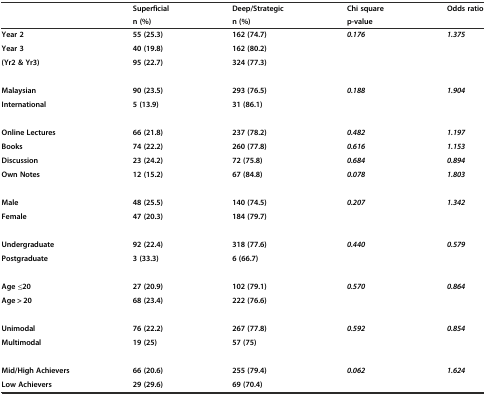
<table><thead><tr><td></td><td><b>Superficial</b></td><td><b>Deep/Strategic</b></td><td><b>Chi square</b></td><td><b>Odds ratio</b></td></tr><tr><td></td><td><b>n (%)</b></td><td><b>n (%)</b></td><td><b>p-value</b></td><td></td></tr></thead><tbody><tr><td><b>Year 2</b></td><td><b>55 (25.3)</b></td><td><b>162 (74.7)</b></td><td><b><i>0.176</i></b></td><td><b><i>1.375</i></b></td></tr><tr><td><b>Year 3</b></td><td><b>40 (19.8)</b></td><td><b>162 (80.2)</b></td><td></td><td></td></tr><tr><td><b>(Yr2 &amp; Yr3)</b></td><td><b>95 (22.7)</b></td><td><b>324 (77.3)</b></td><td></td><td></td></tr><tr><td><b>Malaysian</b></td><td><b>90 (23.5)</b></td><td><b>293 (76.5)</b></td><td><b><i>0.188</i></b></td><td><b><i>1.904</i></b></td></tr><tr><td><b>International</b></td><td><b>5 (13.9)</b></td><td><b>31 (86.1)</b></td><td></td><td></td></tr><tr><td><b>Online Lectures</b></td><td><b>66 (21.8)</b></td><td><b>237 (78.2)</b></td><td><b><i>0.482</i></b></td><td><b><i>1.197</i></b></td></tr><tr><td><b>Books</b></td><td><b>74 (22.2)</b></td><td><b>260 (77.8)</b></td><td><b><i>0.616</i></b></td><td><b><i>1.153</i></b></td></tr><tr><td><b>Discussion</b></td><td><b>23 (24.2)</b></td><td><b>72 (75.8)</b></td><td><b><i>0.684</i></b></td><td><b><i>0.894</i></b></td></tr><tr><td><b>Own Notes</b></td><td><b>12 (15.2)</b></td><td><b>67 (84.8)</b></td><td><b><i>0.078</i></b></td><td><b><i>1.803</i></b></td></tr><tr><td><b>Male</b></td><td><b>48 (25.5)</b></td><td><b>140 (74.5)</b></td><td><b><i>0.207</i></b></td><td><b><i>1.342</i></b></td></tr><tr><td><b>Female</b></td><td><b>47 (20.3)</b></td><td><b>184 (79.7)</b></td><td></td><td></td></tr><tr><td><b>Undergraduate</b></td><td><b>92 (22.4)</b></td><td><b>318 (77.6)</b></td><td><b><i>0.440</i></b></td><td><b><i>0.579</i></b></td></tr><tr><td><b>Postgraduate</b></td><td><b>3 (33.3)</b></td><td><b>6 (66.7)</b></td><td></td><td></td></tr><tr><td><b>Age ≤20</b></td><td><b>27 (20.9)</b></td><td><b>102 (79.1)</b></td><td><b><i>0.570</i></b></td><td><b><i>0.864</i></b></td></tr><tr><td><b>Age &gt; 20</b></td><td><b>68 (23.4)</b></td><td><b>222 (76.6)</b></td><td></td><td></td></tr><tr><td><b>Unimodal</b></td><td><b>76 (22.2)</b></td><td><b>267 (77.8)</b></td><td><b><i>0.592</i></b></td><td><b><i>0.854</i></b></td></tr><tr><td><b>Multimodal</b></td><td><b>19 (25)</b></td><td><b>57 (75)</b></td><td></td><td></td></tr><tr><td><b>Mid/High Achievers</b></td><td><b>66 (20.6)</b></td><td><b>255 (79.4)</b></td><td><b><i>0.062</i></b></td><td><b><i>1.624</i></b></td></tr><tr><td><b>Low Achievers</b></td><td><b>29 (29.6)</b></td><td><b>69 (70.4)</b></td><td></td><td></td></tr></tbody></table>